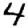
Digit: 4